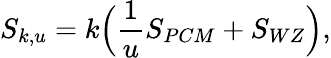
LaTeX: S_{k,u}=k\Big({\frac{1}{u}}S_{PCM}+S_{WZ}\Big),